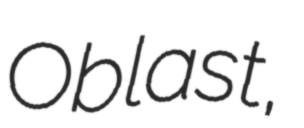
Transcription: Oblast,